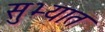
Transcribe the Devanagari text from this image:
सुभ्यात